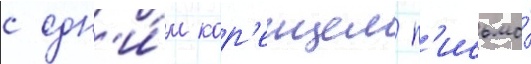
с одн'и́м кор'еицем п'исьмо́